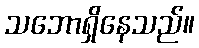
သဘောရှိနေသည်။